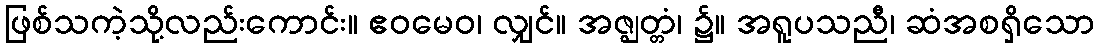
ဖြစ်သကဲ့သို့လည်းကောင်း။ ဧဝမေဝ၊ လျှင်။ အဇ္ဈတ္တံ၊ ၌။ အရူပသညီ၊ ဆံအစရှိသော